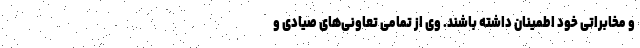
و مخابراتی خود اطمینان داشته باشند. وی از تمامی تعاونی‌های صیادی و